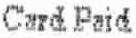
CARD PAID